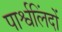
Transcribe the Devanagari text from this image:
पार्श्वलिंदों